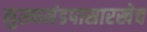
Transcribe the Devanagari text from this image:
मुख्यमंडपासारखेच